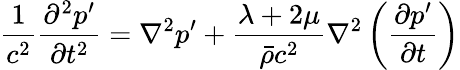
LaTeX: \frac{1}{c^{2}}\frac{\partial^{2}p^{\prime}}{\partial t^{2}}=\nabla^{2}p^{\prime}+\frac{\lambda+2\mu}{\bar{\rho}c^{2}}\nabla^{2}\left(\frac{\partial p^{\prime}}{\partial t}\right)